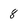
Character: 8